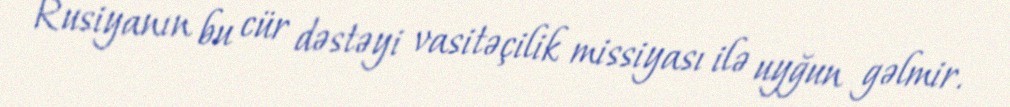
Rusiyanın bu cür dəstəyi vasitəçilik missiyası ilə uyğun gəlmir.